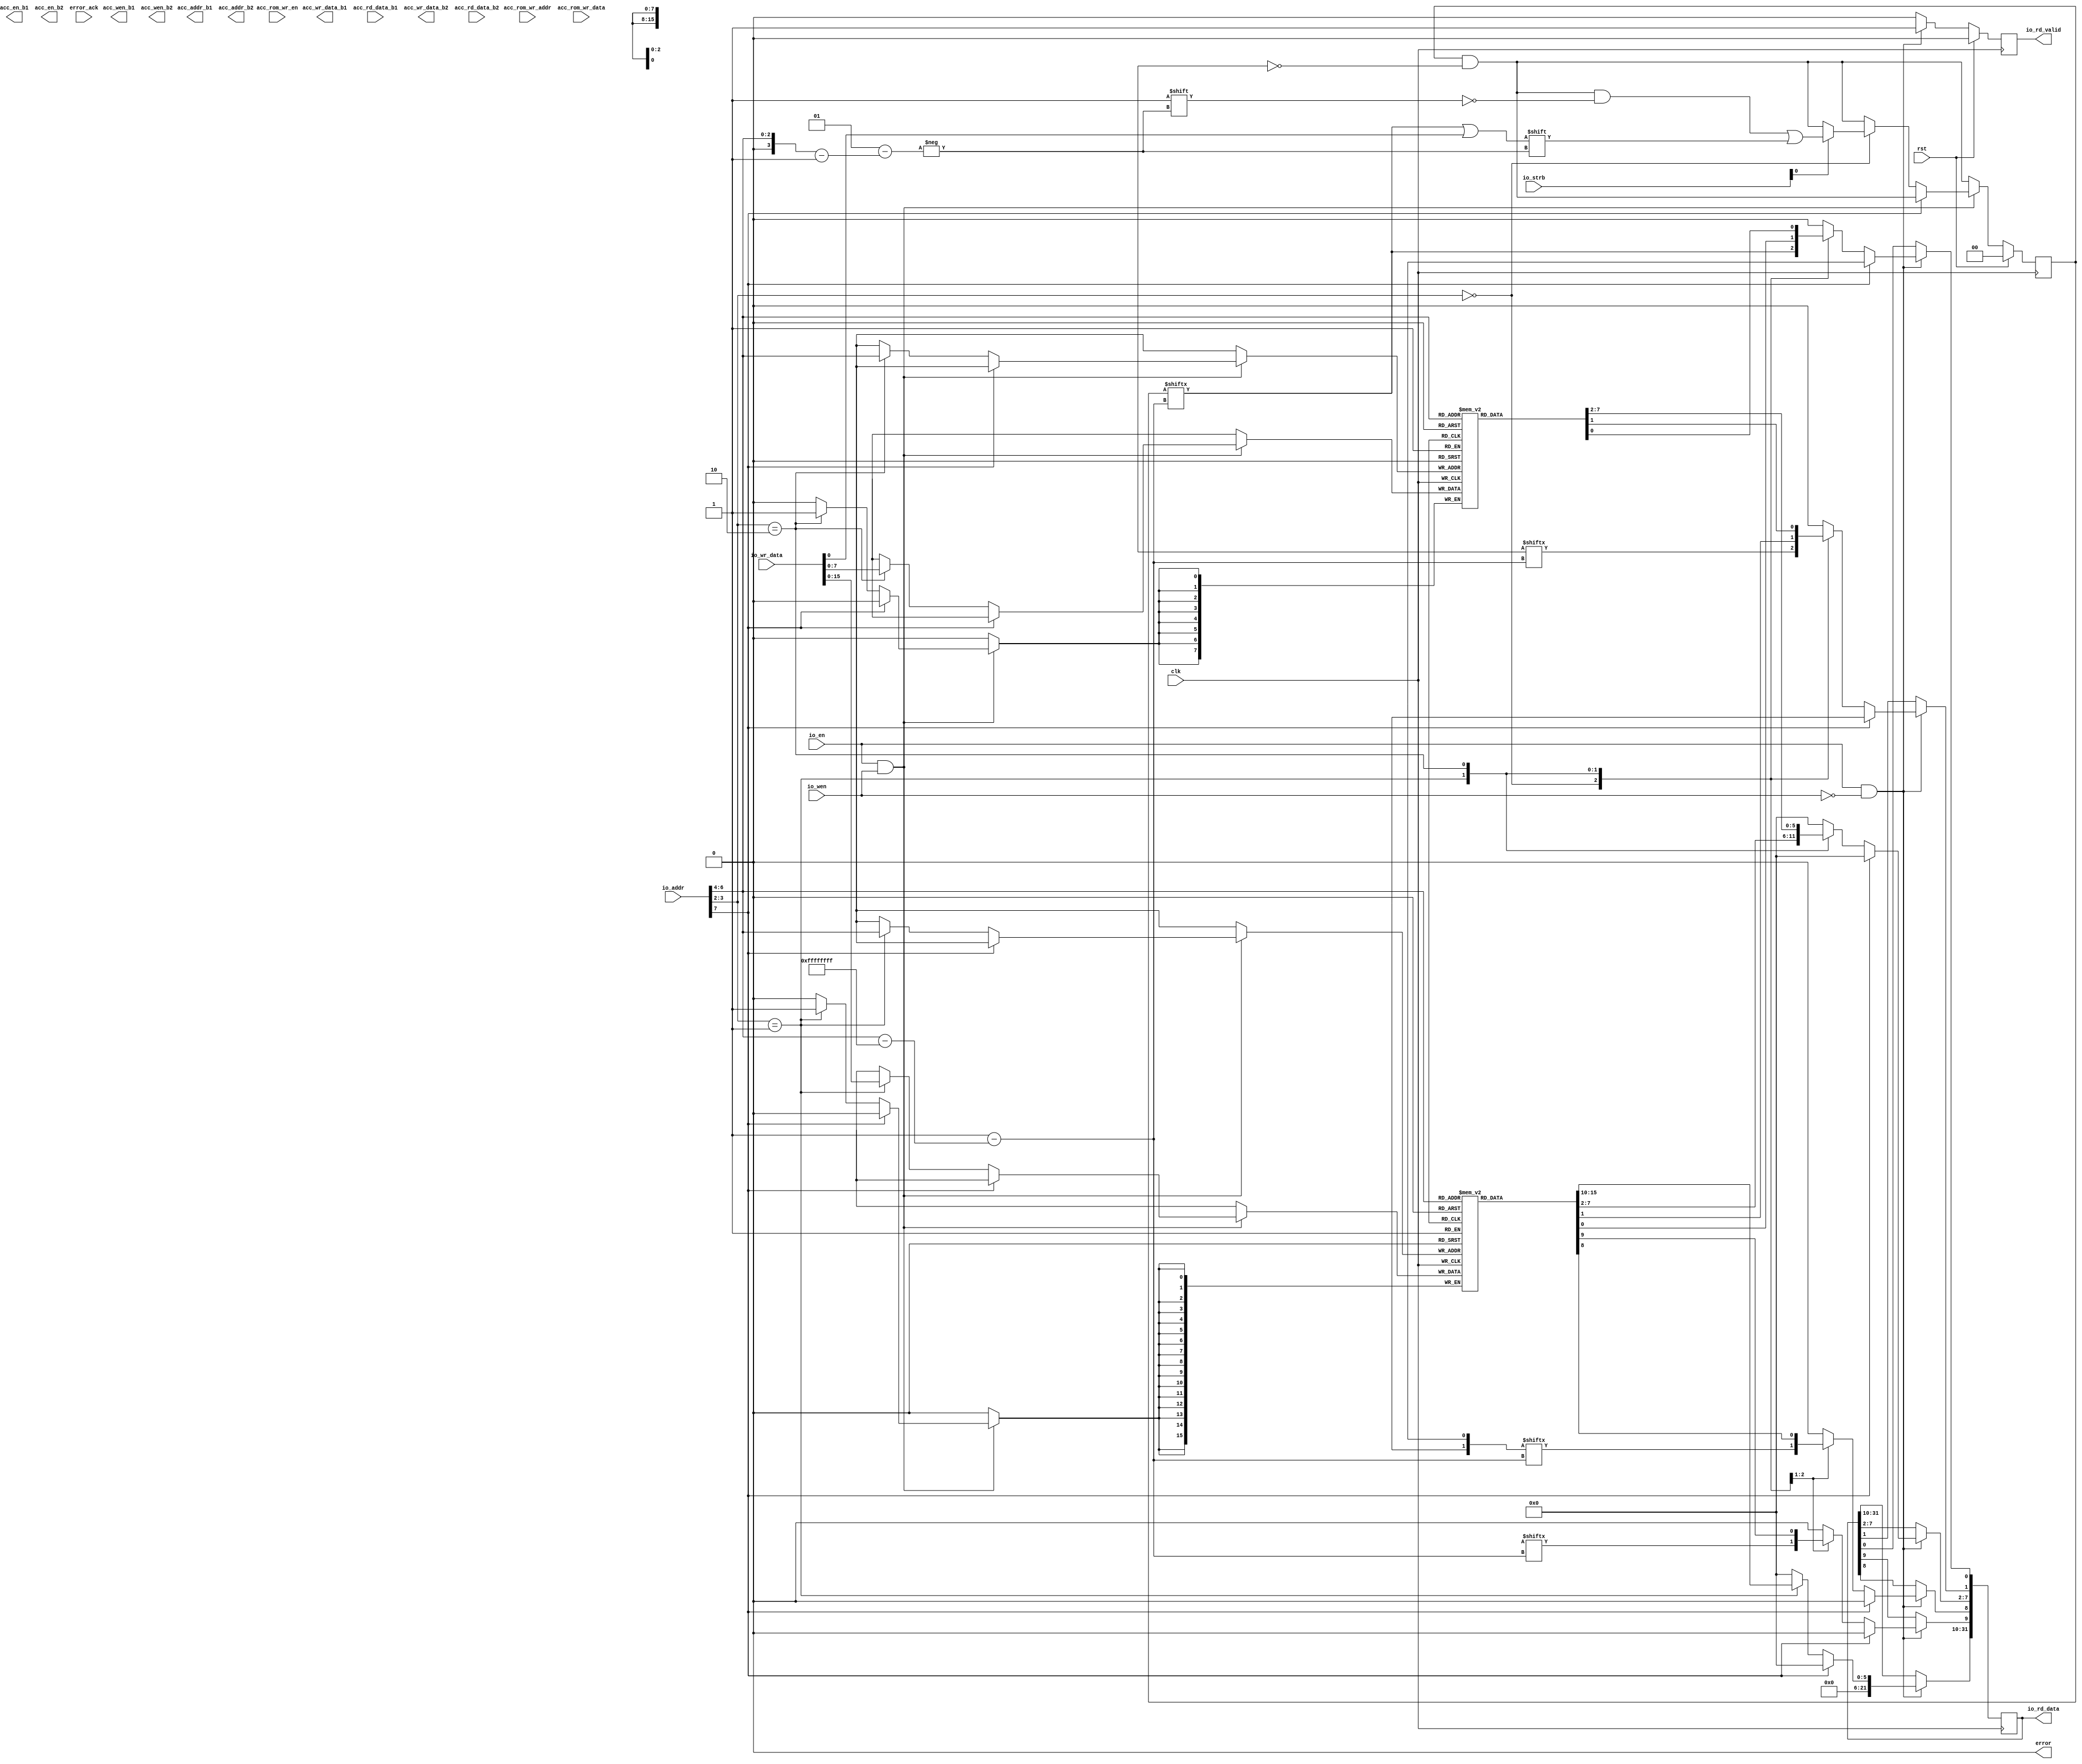
// This program was cloned from: https://github.com/ucsdsysnet/Rosebud
// License: MIT License

module accel_wrap #(
  parameter IO_DATA_WIDTH   = 32,
  parameter IO_STRB_WIDTH   = (IO_DATA_WIDTH/8),
  parameter IO_ADDR_WIDTH   = 22,
  parameter DATA_WIDTH      = 128,
  parameter STRB_WIDTH      = (DATA_WIDTH/8),
  parameter PMEM_ADDR_WIDTH = 8,
  parameter AROM_ADDR_WIDTH = 1,
  parameter AROM_DATA_WIDTH = 1,
  parameter SLOW_M_B_LINES  = 4096,
  parameter ACC_ADDR_WIDTH  = $clog2(SLOW_M_B_LINES),
  parameter PMEM_SEL_BITS   = PMEM_ADDR_WIDTH-$clog2(STRB_WIDTH)
                              -1-$clog2(SLOW_M_B_LINES),
  parameter ACC_MEM_BLOCKS  = 2**PMEM_SEL_BITS,
  parameter SLOT_COUNT      = 16
) (
  input  wire                                     clk,
  input  wire                                     rst,

  input  wire                                     io_en,
  input  wire                                     io_wen,
  input  wire [IO_STRB_WIDTH-1:0]                 io_strb,
  input  wire [IO_ADDR_WIDTH-1:0]                 io_addr,
  input  wire [IO_DATA_WIDTH-1:0]                 io_wr_data,
  output wire [IO_DATA_WIDTH-1:0]                 io_rd_data,
  output wire                                     io_rd_valid,

  input  wire [AROM_ADDR_WIDTH-1:0]               acc_rom_wr_addr,
  input  wire [AROM_DATA_WIDTH-1:0]               acc_rom_wr_data,
  input  wire                                     acc_rom_wr_en,

  output wire [ACC_MEM_BLOCKS-1:0]                acc_en_b1,
  output wire [ACC_MEM_BLOCKS*STRB_WIDTH-1:0]     acc_wen_b1,
  output wire [ACC_MEM_BLOCKS*ACC_ADDR_WIDTH-1:0] acc_addr_b1,
  output wire [ACC_MEM_BLOCKS*DATA_WIDTH-1:0]     acc_wr_data_b1,
  input  wire [ACC_MEM_BLOCKS*DATA_WIDTH-1:0]     acc_rd_data_b1,

  output wire [ACC_MEM_BLOCKS-1:0]                acc_en_b2,
  output wire [ACC_MEM_BLOCKS*STRB_WIDTH-1:0]     acc_wen_b2,
  output wire [ACC_MEM_BLOCKS*ACC_ADDR_WIDTH-1:0] acc_addr_b2,
  output wire [ACC_MEM_BLOCKS*DATA_WIDTH-1:0]     acc_wr_data_b2,
  input  wire [ACC_MEM_BLOCKS*DATA_WIDTH-1:0]     acc_rd_data_b2,

  output wire                                     error,
  input  wire                                     error_ack
);

assign error = 1'b0;

localparam ACCEL_COUNT = ACC_MEM_BLOCKS;

localparam LEN_WIDTH = 16;

reg [PMEM_ADDR_WIDTH-1:0] cmd_addr_reg[ACCEL_COUNT-1:0];
reg [LEN_WIDTH-1:0]       cmd_len_reg[ACCEL_COUNT-1:0];
reg [ACCEL_COUNT-1:0]     cmd_valid_reg;
wire [ACCEL_COUNT-1:0]    cmd_ready;

wire [ACCEL_COUNT-1:0]    status_match;
wire [ACCEL_COUNT-1:0]    status_done;

reg [IO_DATA_WIDTH-1:0] read_data_reg;
reg read_data_valid_reg;

assign io_rd_data = read_data_reg;
assign io_rd_valid = read_data_valid_reg;

always @(posedge clk) begin
  cmd_valid_reg <= cmd_valid_reg & ~cmd_ready;

  read_data_valid_reg <= 1'b0;

  if (io_en && io_wen) begin
    if (io_addr[7]) begin

    end else begin
      case ({io_addr[3:2], 2'b00})
        4'h0: begin
          if (io_strb[0]) begin
            cmd_valid_reg[io_addr[6:4]] <= cmd_valid_reg[io_addr[6:4]] || io_wr_data[0];
          end
        end
        4'h4: begin
          cmd_len_reg[io_addr[6:4]] <= io_wr_data;
        end
        4'h8: begin
          cmd_addr_reg[io_addr[6:4]] <= io_wr_data;
        end
      endcase
    end
  end

  if (io_en && !io_wen) begin
    read_data_reg <= 0;
    read_data_valid_reg <= 1'b1;
    if (io_addr[7]) begin
      read_data_reg <= status_done;
    end else begin
      case ({io_addr[3:2], 2'b00})
        4'h0: begin
          read_data_reg[0] <= cmd_valid_reg[io_addr[6:4]];
          read_data_reg[1] <= cmd_ready[io_addr[6:4]];
          read_data_reg[8] <= status_done[io_addr[6:4]];
          read_data_reg[9] <= status_match[io_addr[6:4]];
        end
        4'h4: begin
          read_data_reg <= cmd_len_reg[io_addr[6:4]];
        end
        4'h8: begin
          read_data_reg <= cmd_addr_reg[io_addr[6:4]];
        end
      endcase
    end
  end

  if (rst) begin
    cmd_valid_reg <= 1'b0;
    read_data_valid_reg <= 1'b0;
  end
end

generate

genvar n;

for (n = 0; n < ACCEL_COUNT; n = n + 1) begin

  regex_acc #(
    .DATA_WIDTH(DATA_WIDTH),
    .STRB_WIDTH(STRB_WIDTH),
    .PMEM_ADDR_WIDTH(PMEM_ADDR_WIDTH),
    .SLOW_M_B_LINES(SLOW_M_B_LINES),
    .ACC_ADDR_WIDTH(ACC_ADDR_WIDTH),
    .PMEM_SEL_BITS(0),
    .ACC_MEM_BLOCKS(1)
  ) regex_acc_inst (
    .clk(clk),
    .rst(rst),

    .cmd_addr(cmd_addr_reg[n]),
    .cmd_len(cmd_len_reg[n]),
    .cmd_valid(cmd_valid_reg[n]),
    .cmd_ready(cmd_ready[n]),

    .status_match(status_match[n]),
    .status_done(status_done[n]),

    .acc_en_b1(acc_en_b1[n*1 +: 1]),
    .acc_wen_b1(acc_wen_b1[n*STRB_WIDTH +: STRB_WIDTH]),
    .acc_addr_b1(acc_addr_b1[n*ACC_ADDR_WIDTH +: ACC_ADDR_WIDTH]),
    .acc_wr_data_b1(acc_wr_data_b1[n*DATA_WIDTH +: DATA_WIDTH]),
    .acc_rd_data_b1(acc_rd_data_b1[n*DATA_WIDTH +: DATA_WIDTH]),

    .acc_en_b2(acc_en_b2[n*1 +: 1]),
    .acc_wen_b2(acc_wen_b2[n*STRB_WIDTH +: STRB_WIDTH]),
    .acc_addr_b2(acc_addr_b2[n*ACC_ADDR_WIDTH +: ACC_ADDR_WIDTH]),
    .acc_wr_data_b2(acc_wr_data_b2[n*DATA_WIDTH +: DATA_WIDTH]),
    .acc_rd_data_b2(acc_rd_data_b2[n*DATA_WIDTH +: DATA_WIDTH])
  );

end

endgenerate

endmodule